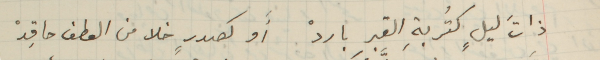
ذاتَ ليلٍ كتُربةِ القبرِ باردْ أَو كصدرٍ خلا من العطف حاقِدْ